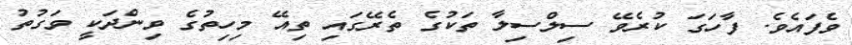
ވެފައެވެ. ފާހަގަ ކުރެވޭ ސިލްސިލާ ތަކުގެ ތެރޭގައި ތިއޭ މިހިތުގެ ވިންދަކީ ވަގުތު